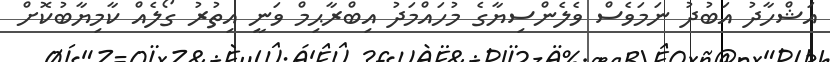
އަޝްހާދު އަބުދު ނަމަވެސް ވެލެންސިޔާގެ މުހައްމަދު އިބްރާޙިމް ވަނީ އިތުރު ގޯލެއް ކާމިޔާބުކޮށް